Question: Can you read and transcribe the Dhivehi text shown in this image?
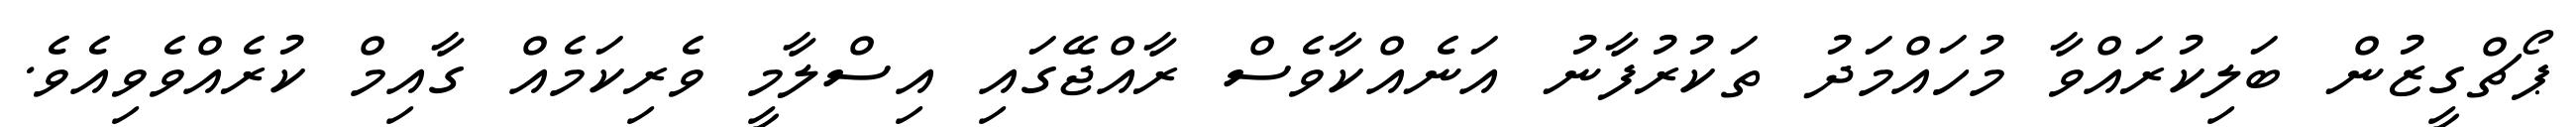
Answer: ޕޯޗްގީޒުން ބަލިކުރައްވާ މުހައްމަދު ތަކުރުފާނު އަނެއްކާވެސް ރާއްޖޭގައި އިސްލާމީ ވެރިކަމެއް ގާއިމް ކުރެއްވެވިއެވެ.